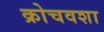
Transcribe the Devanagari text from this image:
क्रोचवशा